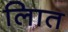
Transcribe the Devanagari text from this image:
लिात